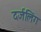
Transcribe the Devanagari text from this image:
दर्जलिंग